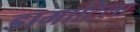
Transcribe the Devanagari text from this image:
डामाटिला